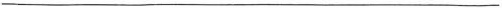
___